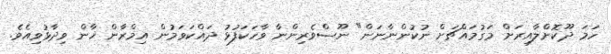
ހަމަ ދޫކޮށްލާއިރަށް މަގުމައްޗަށް ނުކުންނާނަން" ނޫސްވެރިންނާ ވާހަކަފުޅު ދައްކަވަމުން އިމްރާން ޚާން ވިދާޅުވިއެވެ.